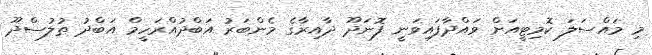
މި މައްސަލަ ކޮމިޓީއަށް ވައްދާފައިވަނީ ފޮނަދޫ ދާއިރާގެ މެންބަރު އަބްދުއްރަހީމް އަބްދު ތުލުސްދޫ